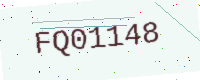
Text: FQ01148